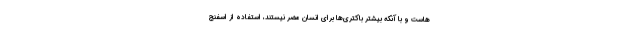
هاست و با آنکه بیشتر باکتری‌ها برای انسان مضر نیستند، استفاده از اسفنج